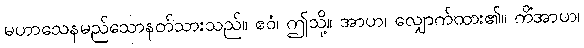
မဟာသေနမည်သောနတ်သားသည်။ ဧဝံ၊ ဤသို့။ အာဟ၊ လျှောက်ထား၏။ ကိံအာဟ၊